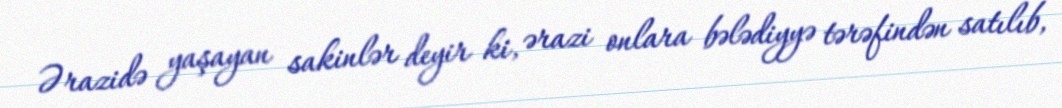
Ərazidə yaşayan sakinlər deyir ki, ərazi onlara bələdiyyə tərəfindən satılıb,